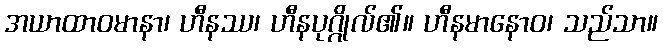
အယာထာဝမာနာ၊ ဟီနဿ၊ ဟီနပုဂ္ဂိုလ်၏။ ဟီနမာနောဝ၊ သည်သာ။